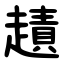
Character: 䟄